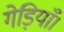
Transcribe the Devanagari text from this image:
गेड़ियाँ।